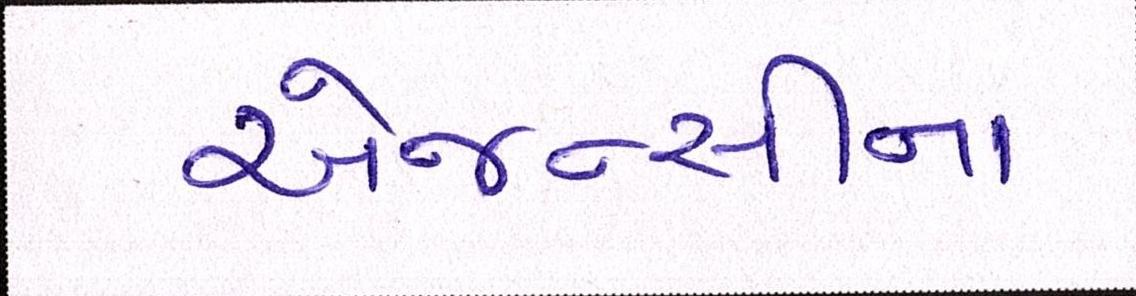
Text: એજન્સીના